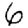
Digit: 6